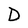
Character: D